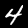
Digit: 4